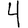
Digit: 4